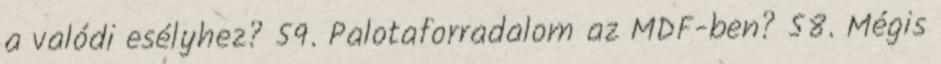
a valódi esélyhez? 59. Palotaforradalom az MDF-ben? 58. Mégis